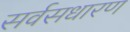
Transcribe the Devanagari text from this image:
सर्वसधारण